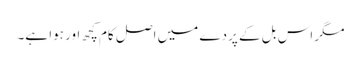
مگر اس بل کے پردے میں اصل کام کچھ اور ہوا ہے۔